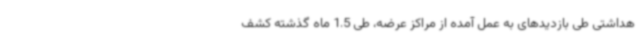
هداشتی طی بازدیدهای به عمل آمده از مراکز عرضه، طی 1.5 ماه گذشته کشف